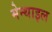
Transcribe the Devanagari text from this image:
मेन्थाइल